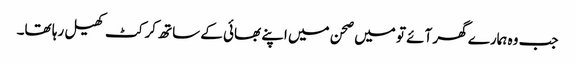
جب وہ ہمارے گھر آئے تو میں صحن میں اپنے بھائی کے ساتھ کرکٹ کھیل رہا تھا۔